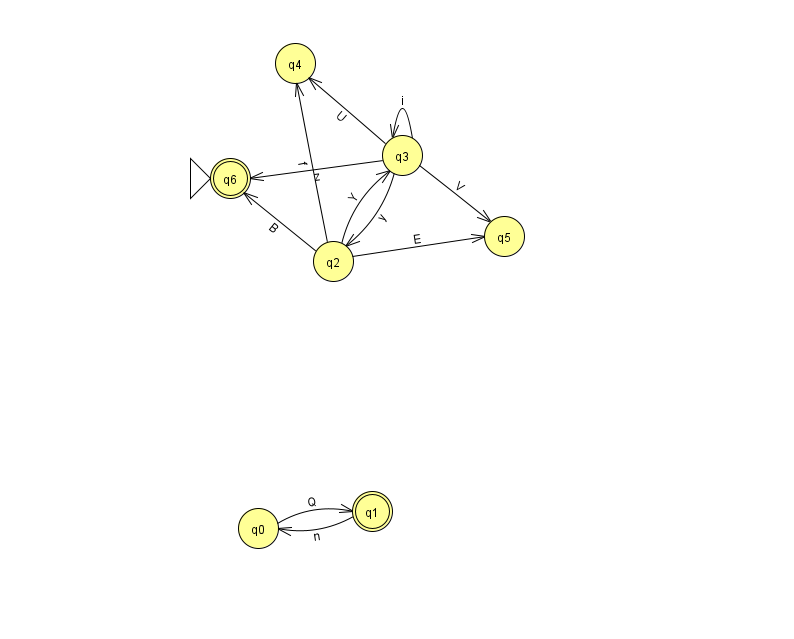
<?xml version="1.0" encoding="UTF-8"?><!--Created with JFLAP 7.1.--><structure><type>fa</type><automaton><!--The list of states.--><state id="0" name="q0"><x>258.0</x><y>515.0</y></state><state id="1" name="q1"><x>372.0</x><y>498.0</y><final/></state><state id="2" name="q2"><x>333.0</x><y>248.0</y></state><state id="3" name="q3"><x>402.0</x><y>142.0</y></state><state id="4" name="q4"><x>295.0</x><y>50.0</y></state><state id="5" name="q5"><x>504.0</x><y>223.0</y></state><state id="6" name="q6"><x>230.0</x><y>165.0</y><initial/><final/></state><!--The list of transitions.--><transition><from>2</from><to>5</to><read>E</read></transition><transition><from>1</from><to>0</to><read>n</read></transition><transition><from>2</from><to>6</to><read>B</read></transition><transition><from>3</from><to>5</to><read>V</read></transition><transition><from>3</from><to>3</to><read>i</read></transition><transition><from>3</from><to>4</to><read>U</read></transition><transition><from>2</from><to>3</to><read>Y</read></transition><transition><from>3</from><to>2</to><read>y</read></transition><transition><from>0</from><to>1</to><read>Q</read></transition><transition><from>3</from><to>6</to><read>z</read></transition><transition><from>2</from><to>4</to><read>f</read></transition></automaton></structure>